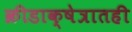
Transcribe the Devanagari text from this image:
क्रीडाक्षेत्रातही